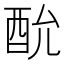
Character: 𮠠